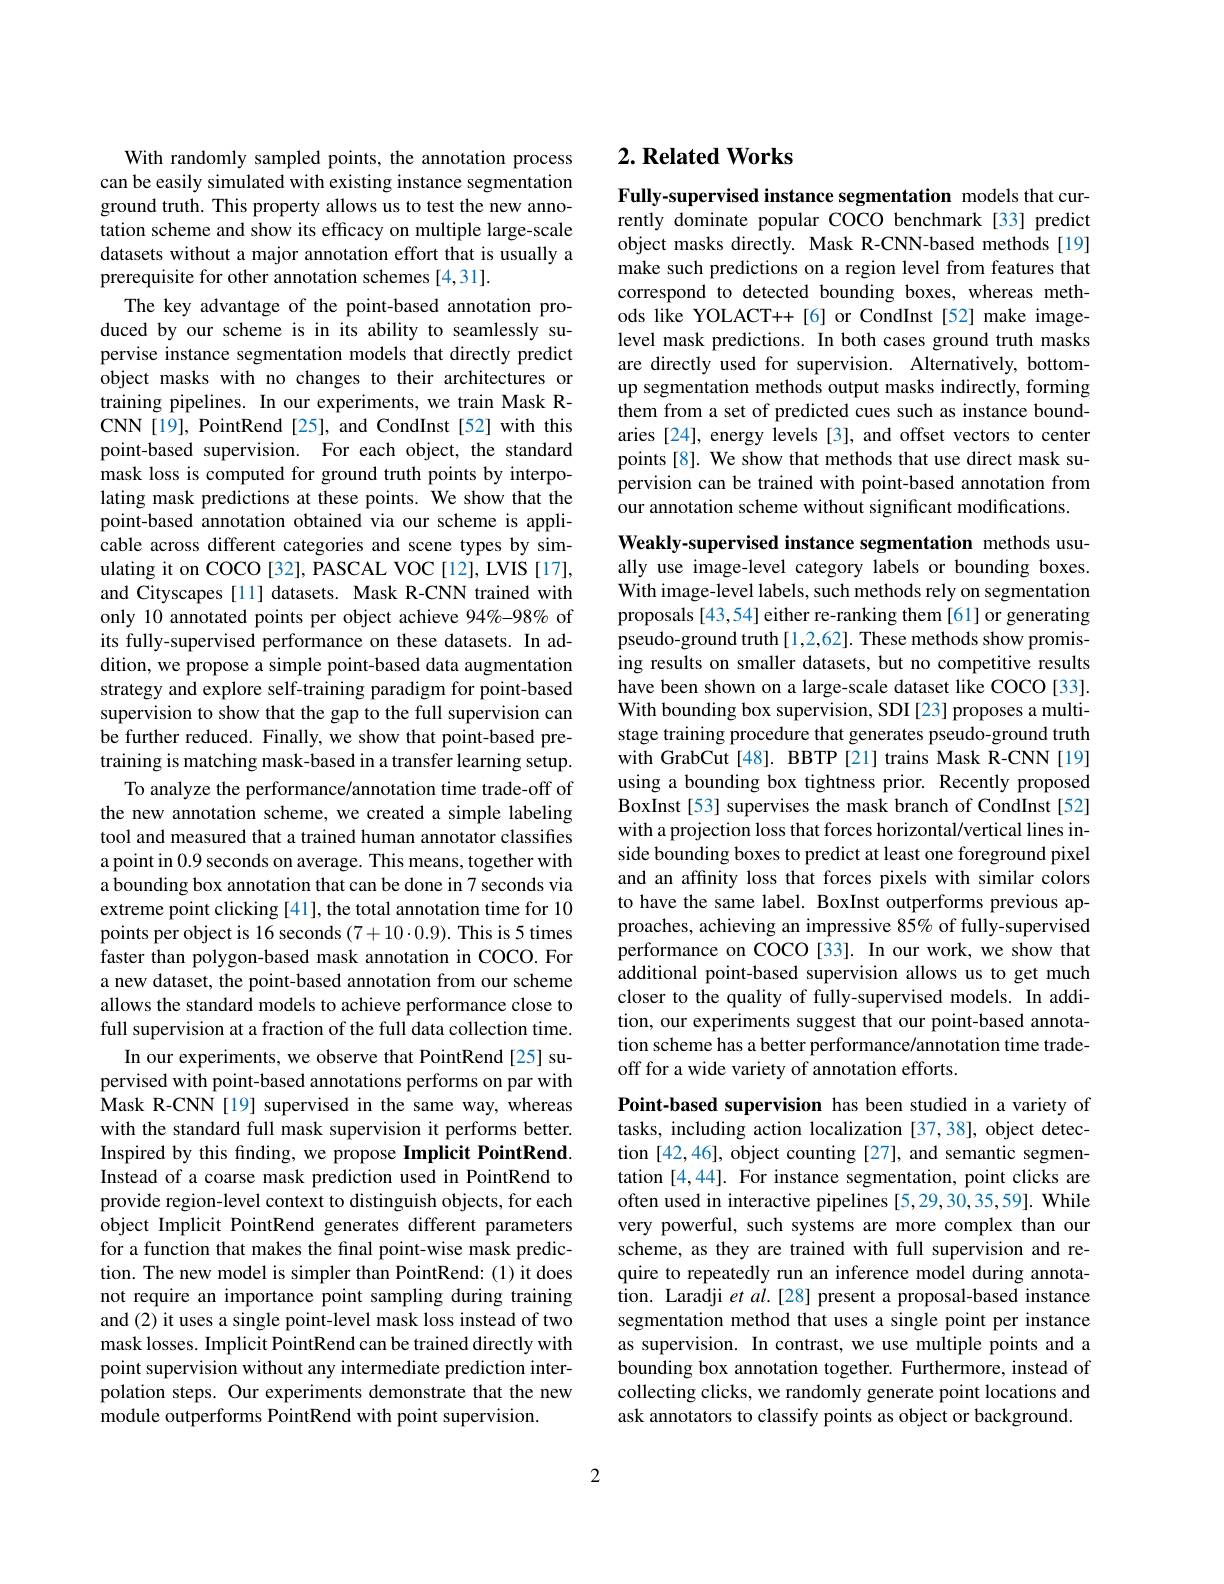
With randomly sampled points, the annotation process can be easily simulated with existing instance segmentation ground truth. This property allows us to test the new annotation scheme and show its efficacy on multiple large-scale datasets without a major annotation effort that is usually a prerequisite for other annotation schemes [4,31].
The key advantage of the point-based annotation produced by our scheme is in its ability to seamlessly supervise instance segmentation models that directly predict object masks with no changes to their architectures or training pipelines. In our experiments, we train Mask RCNN[19], PointRend[25], and CondInst[52] with this point-based supervision. For each object, the standard mask loss is computed for ground truth points by interpolating mask predictions at these points. We show that the point-based annotation obtained via our scheme is applicable across different categories and scene types by simulating it on COCO [32], PASCAL VOC [12], LVIS [17], and Cityscapes [11] datasets. Mask R-CNN trained with only 10 annotated points per object achieve 94%-98% of its fully-supervised performance on these datasets. In addition, we propose a simple point-based data augmentation strategy and explore self-training paradigm for point-based supervision to show that the gap to the full supervision can be further reduced. Finally, we show that point-based pretraining is matching mask-based in a transfer learning setup.
To analyze the performance/annotation time trade-off of the new annotation scheme, we created a simple labeling tool and measured that a trained human annotator classifies a point in 0.9 seconds on average. This means, together with a bounding box annotation that can be done in 7 seconds via extreme point clicking [41], the total annotation time for 10 points per object is 16 seconds $(7+10\cdot0.9).$ This is 5 times faster than polygon-based mask annotation in COCO.For a new dataset, the point-based annotation from our scheme allows the standard models to achieve performance close to full supervision at a fraction of the full data collection time.
In our experiments, we observe that PointRend [25] supervised with point-based annotations performs on par with Mask R-CNN[19] supervised in the same way, whereas with the standard full mask supervision it performs better. Inspired by this finding, we propose Implicit PointRend. Instead of a coarse mask prediction used in PointRend to provide region-level context to distinguish objects, for each object Implicit PointRend generates different parameters for a function that makes the final point-wise mask prediction. The new model is simpler than PointRend:(1) it does not require an importance point sampling during training and (2) it uses a single point-level mask loss instead of two mask losses. Implicit PointRend can be trained directly with point supervision without any intermediate prediction interpolation steps. Our experiments demonstrate that the new module outperforms PointRend with point supervision.

## $2. \textbf{Related Works}$

Fully-supervised instance segmentation models that currently dominate popular COCO benchmark [33] predict object masks directly. Mask R-CNN-based methods[19] make such predictions on a region level from features that correspond to detected bounding boxes, whereas methods like YOLACT++[6] or CondInst[52] make imagelevel mask predictions. In both cases ground truth masks are directly used for supervision. Alternatively, bottomup segmentation methods output masks indirectly, forming them from a set of predicted cues such as instance boundaries [24], energy levels [3], and offset vectors to center points[8]. We show that methods that use direct mask supervision can be trained with point-based annotation from our annotation scheme without significant modifications.

Weakly-supervised instance segmentation methods usually use image-level category labels or bounding boxes. With image-level labels, such methods rely on segmentation proposals [43,54] either re-ranking them [61] or generating pseudo-ground truth [1,2,62]. These methods show promising results on smaller datasets, but no competitive results have been shown on a large-scale dataset like COCO[33]. With bounding box supervision, SDI [23] proposes a multistage training procedure that generates pseudo-ground truth with GrabCut[48]. BBTP[21] trains Mask R-CNN[19] using a bounding box tightness prior. Recently proposed BoxInst[53] supervises the mask branch of CondInst[52] with a projection loss that forces horizontal/vertical lines inside bounding boxes to predict at least one foreground pixel and an affinity loss that forces pixels with similar colors to have the same label. BoxInst outperforms previous approaches, achieving an impressive 85% of fully-supervised performance on COCO[33]. In our work, we show that additional point-based supervision allows us to get much closer to the quality of fully-supervised models. In addition, our experiments suggest that our point-based annotation scheme has a better performance/annotation time tradeoff for a wide variety of annotation efforts.
Point-based supervision has been studied in a variety of

tasks, including action localization [37,38], object detection [42,46], object counting [27], and semantic segmentation [4,44]. For instance segmentation, point clicks are often used in interactive pipelines [5,29,30,35,59]. While very powerful, such systems are more complex than our scheme, as they are trained with full supervision and require to repeatedly run an inference model during annotation. Laradji et al.[28] present a proposal-based instance segmentation method that uses a single point per instance as supervision. In contrast, we use multiple points and a bounding box annotation together. Furthermore, instead of collecting clicks, we randomly generate point locations and ask annotators to classify points as object or background.

2